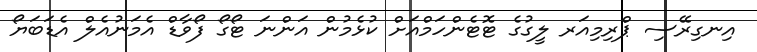
އިނގިރޭސި ޕްރިމިއަރ ލީގުގެ ޓޮޓެންހަމްއަށް ކުޅެމުން އަންނަ ޓޯގޯ ފޯވާޑް އެމަނުއެލް އެޑަބަޔޯ